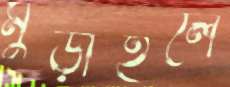
মুড়াইলে